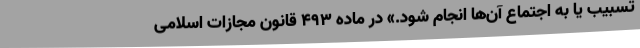
تسبیب یا به اجتماع آن‌ها انجام شود.» در ماده ۴۹۳ قانون مجازات اسلامی